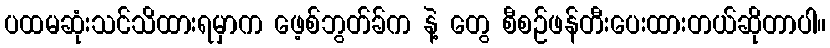
ပထမဆုံးသင်သိထားရမှာက ဖေ့စ်ဘွတ်ခ်က နဲ့ တွေ စီစဉ်ဖန်တီးပေးထားတယ်ဆိုတာပါ။